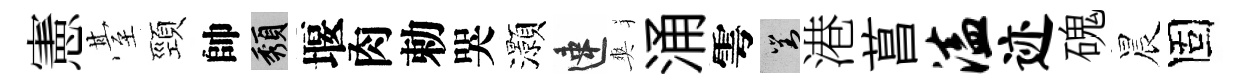
憲䑓頸帥頽堰肉勅哭灝速爽涌雩對港菖溘迹磈晨固